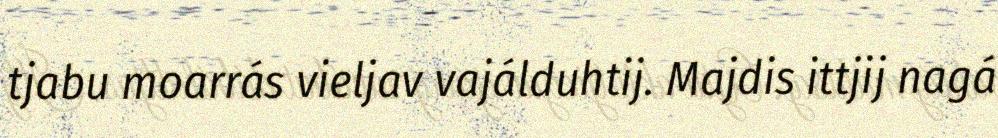
tjabu moarrás vieljav vajálduhtij. Majdis ittjij nagá